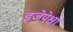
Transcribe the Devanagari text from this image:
इजेपेक्षा